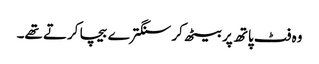
وہ فٹ پاتھ پر بیٹھ کر سنگترے بیچا کرتے تھے۔